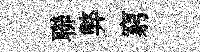
聯弊窮